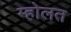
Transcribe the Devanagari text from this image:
म्होलत